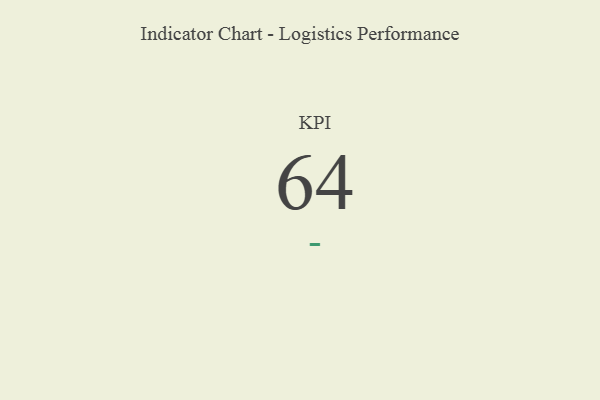
{"axis": {"x": "KPI", "y": "Value"}, "legend": [""], "data": [{"x": "KPI", "y": 64, "type": ""}]}